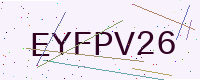
Text: EYFPV26